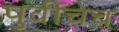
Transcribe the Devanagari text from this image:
पुर्वीचेच